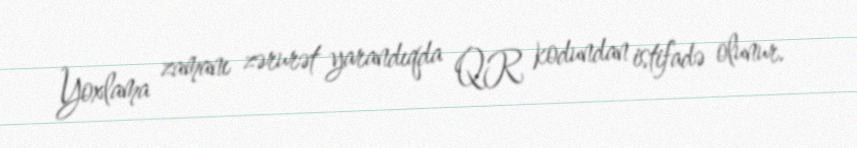
Yoxlama zamanı zərurət yarandıqda QR kodundan istifadə olunur.